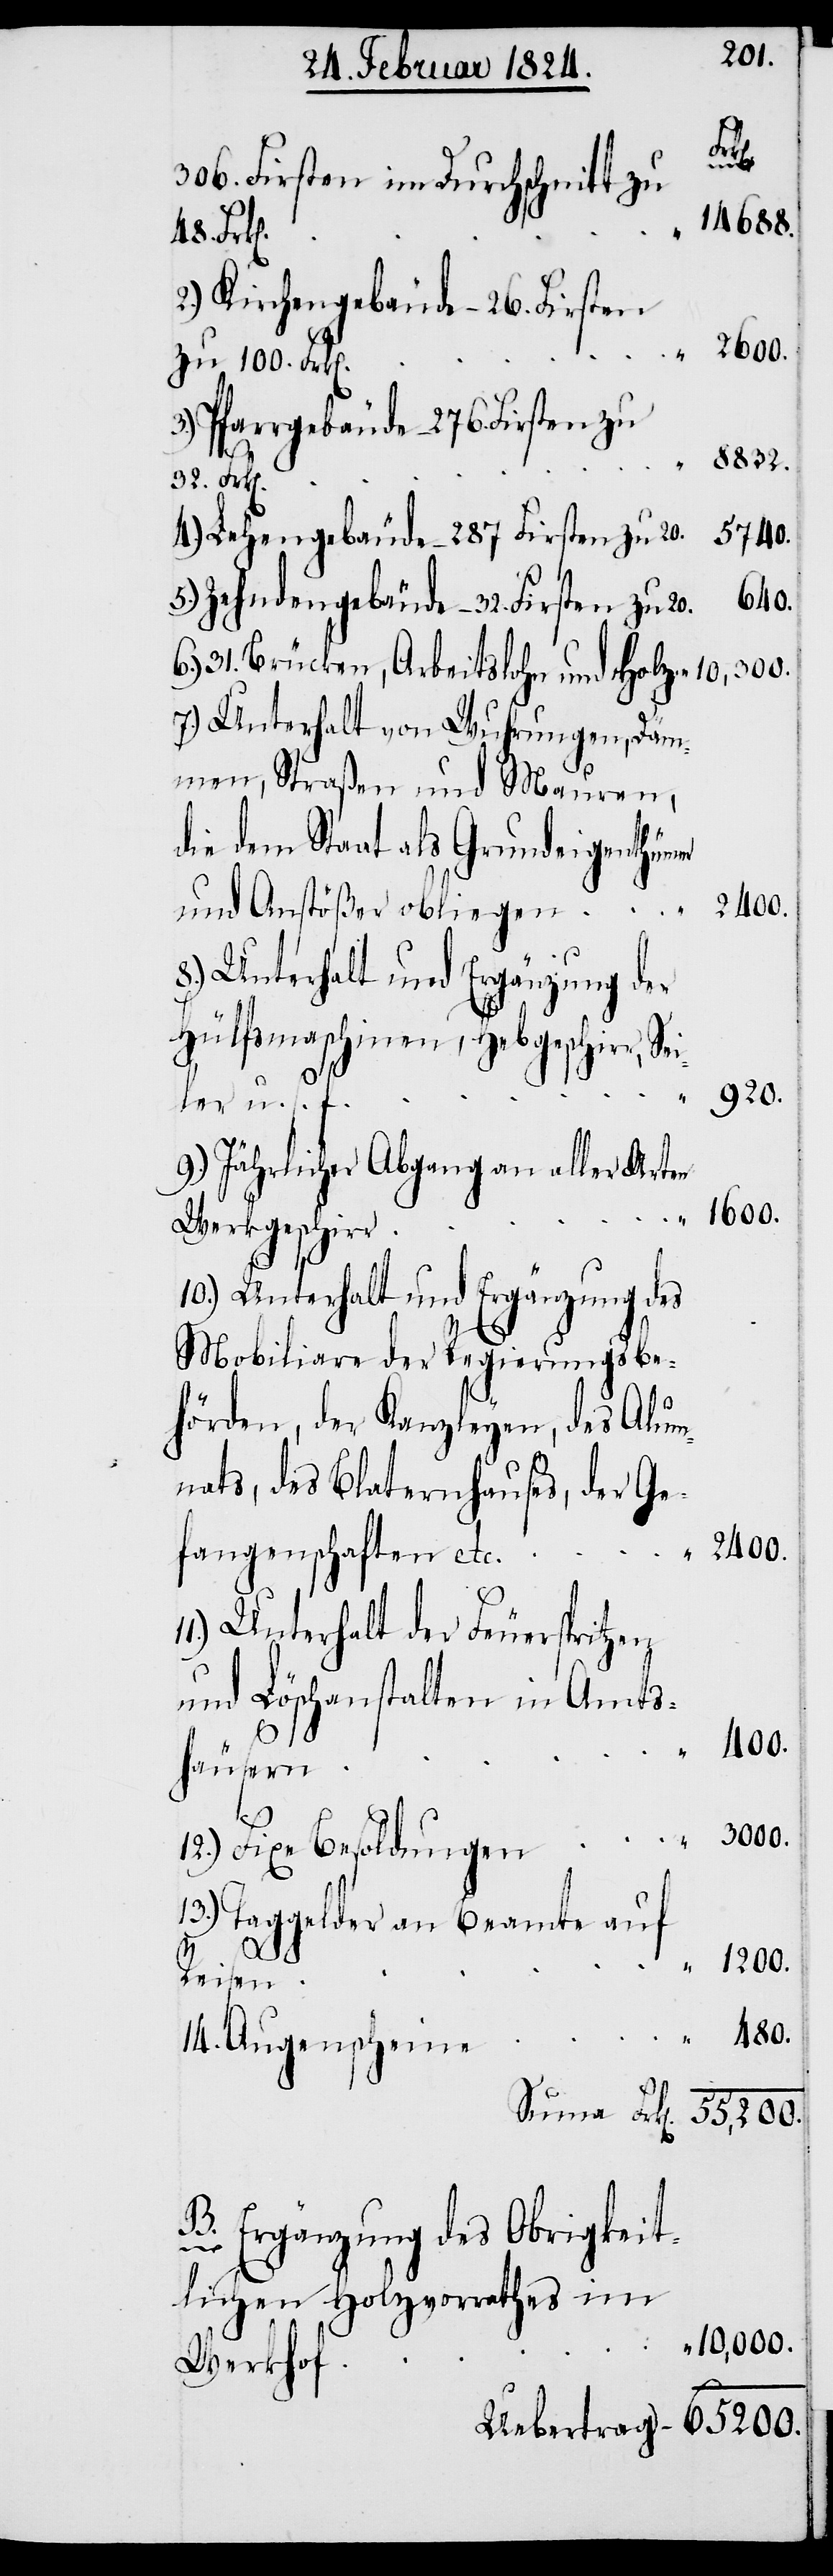
20.
Suma
306. Firsten im Durchschnitt zu
1'600.
5.) Zehndengebäude – 32. Firsten
zu 100. Frk[e¬
3.) Pfarrgebäude –276. Firsten 32.
4.) Lehengebäude – 287. Firsten zu 20.
400.
31. Brücken, Arbeitslohn und Holzen
7.) Unterhalt von Wuhrungen, Däm¬
men, Straßen und Mauren,
die dem Staat als Grundeigenthümer
8.) Unterhalt und Ergänzung der
Hülfsmaschinen, Hebgeschirr,
ler u. s. f.
9.) Jährlicher Abgang an aller Arten
Werkgeschirr
und
10.) Unterhalt und Ergänzung des
Mobiliare der Regierungsbe¬
hörden, der Kanzleyen, des Alu¬
mnats, des Blaternhauses, der Ge¬
fangenschaften etc.
Unterhalt der Feuerspritzen
und Löschanstalten in Amts¬
480.
häusern
12.) Fixe Besoldungen
13.) Taggelder an Beamte auf
48.
Reisen
14.) Augenscheine
B.) Ergänzung des Obrigkeit¬
iegen
lichen Holzvorrathes im
10'000.
Werkhof